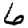
Digit: 6